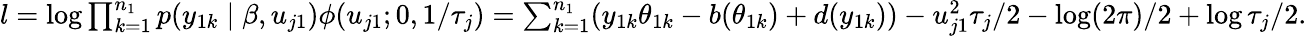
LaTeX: \begin{array}{r}{l=\log\prod_{k=1}^{n_{1}}p(y_{1k}\mid\beta,u_{j1})\phi(u_{j1};0,1/\tau_{j})=\sum_{k=1}^{n_{1}}(y_{1k}\theta_{1k}-b(\theta_{1k})+d(y_{1k}))-u_{j1}^{2}\tau_{j}/2-\log(2\pi)/2+\log\tau_{j}/2.}\end{array}